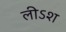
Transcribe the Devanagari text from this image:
लीऽश